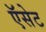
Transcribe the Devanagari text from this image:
ऍसेट